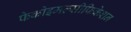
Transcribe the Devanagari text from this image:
फेकोइमल्सीफिकेशन